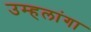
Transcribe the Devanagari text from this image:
उम्हलांगा